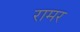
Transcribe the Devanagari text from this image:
रामर